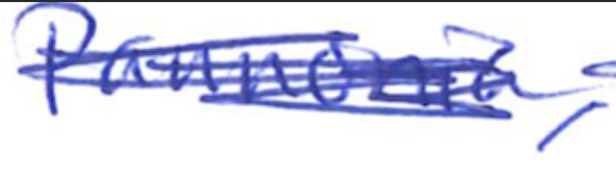
Text: Pannonia,
Cross-out: mix
Writing tool: ballpoint